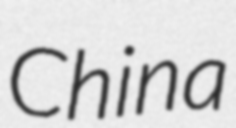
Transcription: China